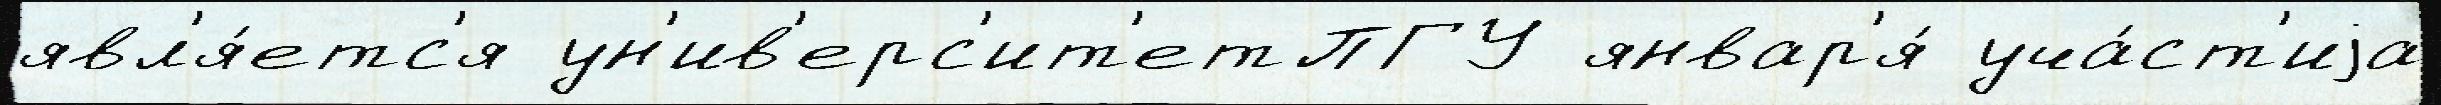
явл'я́етс'я ун'ив'ерс'ит'етПГУ январ'я́ уча́ст'иjа